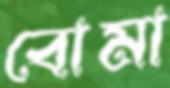
বোমা